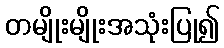
တမျိုးမျိုးအသုံးပြု၍